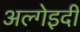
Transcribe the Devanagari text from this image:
अल्गेइदी